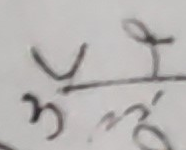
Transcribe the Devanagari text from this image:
ह.